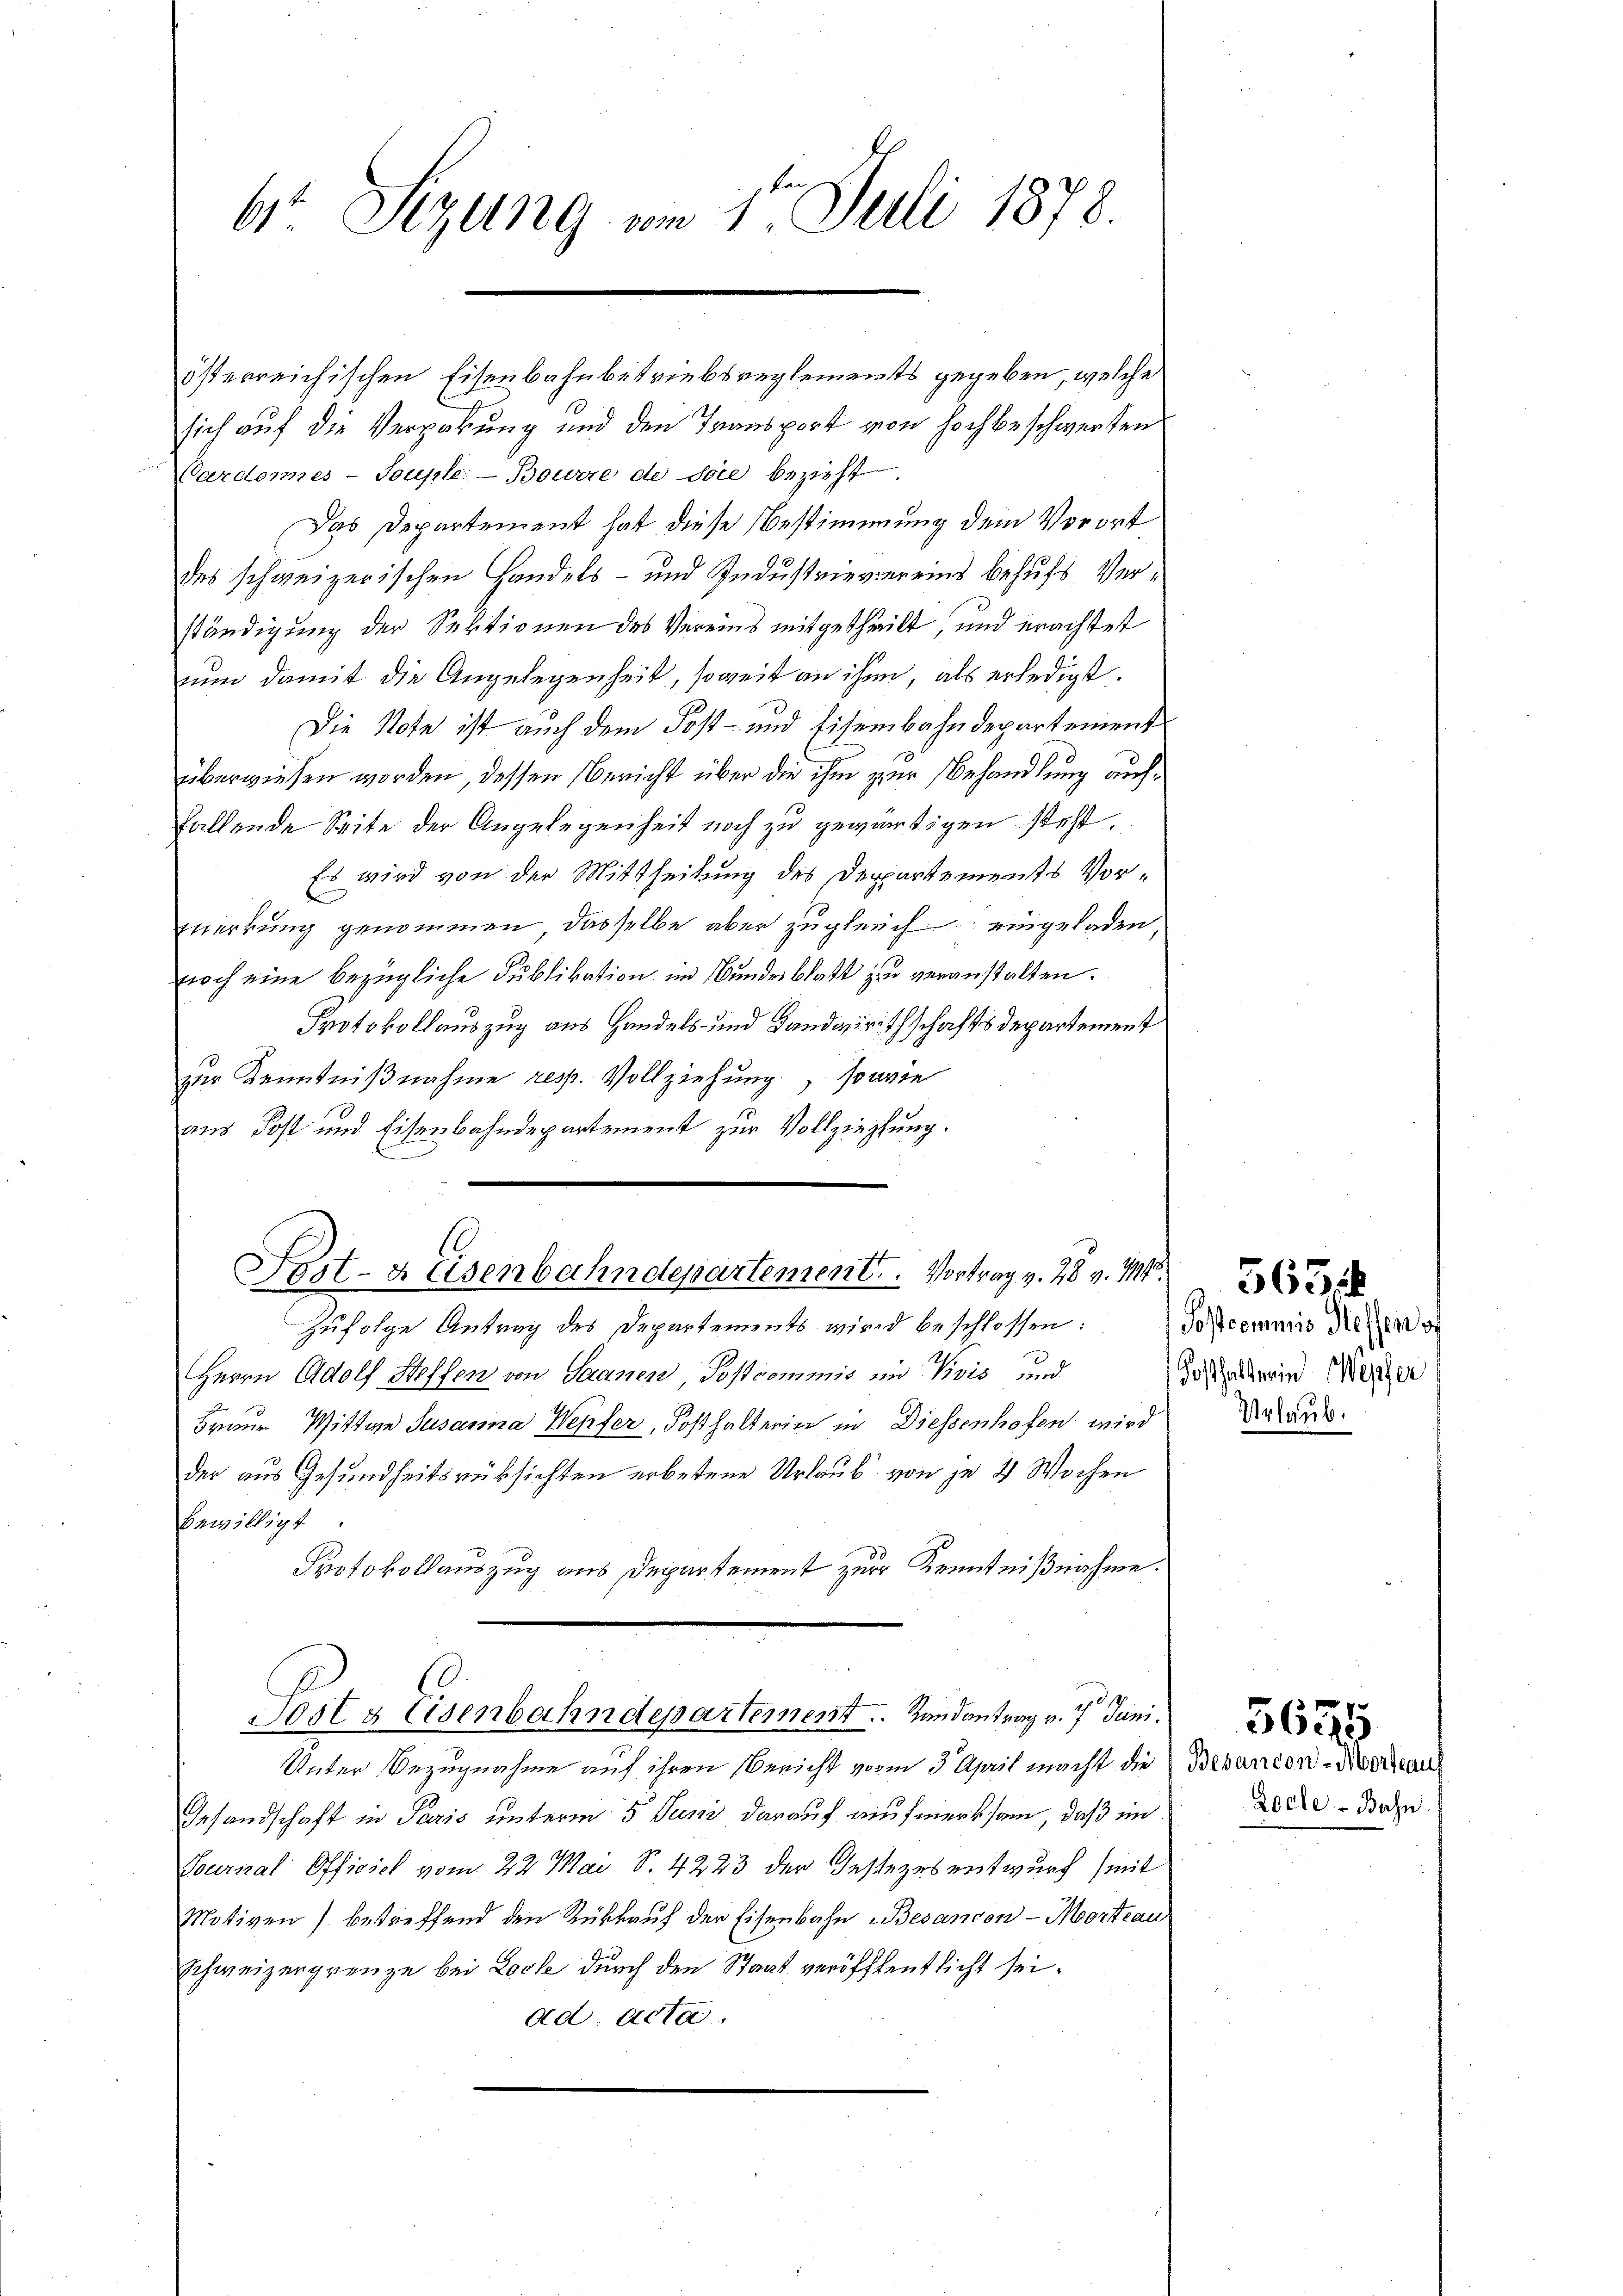
6 Sizung am 1t Juli 1878.

sich auf die Verpakung und den Transport von Hochbeschwerten
Vardonnes-Souple:- Bourie de die bezieht.
Das Departement hat diese Bestimmung dem Vorort
des schweizerischen Handels- und Industrievereins behufs Verständigung der Sektionen des Vereins mitgetheilt, und erachtet
nun damit die Angelegenheit, soweit an ihm, als erledigt.
Die Note ist auch dem Post- und Eisenbahndepartement
überwiesen worden, dessen Bericht über die ihm zur Behandlung auchfallende Seite der Angelegenheit noch zu gewärtigen steht,
Es wird von der Mittheilung des Departements Vord
merkung genommen, dasselbe aber zugleich eingeladen,
noch eine bezügliche Publikation im Bundesblatt zu veranstalten.
Protokollauszug aus Handels- und Landwirthschaftsdepartement
zur Kenntnißnahme resp. Vollziehung, sovie
aus Post und Eisenbahndepartement zur Vollziehung.

Post- & Eisenbahndepartement. Vortrag v. 28 v. M
Zufolge Antrag des Departements wird beschlossen:
Herrn Adolf Steffen von Saanen Postcommis in Pivis und
Frau Wittwe Susanna Wepfer, Posthalterige in Diessenhofen wird
der aus Gesundheitsrüksichten erbetene Urlaub von je 4 Wochen
bewilligt.
Protokollauszug aus Departement zur Kenntnißnahme.
Jost & Eisenbahndepartement. Landantrag v. 7. Juni.
Unter Bezugnahme auf ihren Bericht vom 3. April macht die Behanden-Verdan
Gesandschaft in Paris unterm 5 Juni darauf aufmerksam, daß im
Tourial Officiel vom 22. Mai S. 4223 der Gesezes entwurf (mit
Motiven) betreffend den Rükkauf der Eisenbahn Besancon-Mortrau
Schweizergrenze bei Loche durch den Staat veröffentlicht sei.
ad Acta.

österreichischen Eisenbahnbetriebsreglements gegeben, welche

Postcommis Hessen s
Fosthalterin Wepfer
Urlaub.

Locle-Bahn

3694